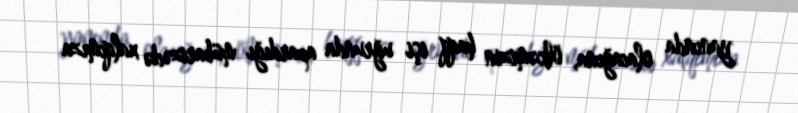
yanında olacağına, ölkəmizin haqq işi uğrunda apardığı mübarizədə xalqımıza